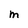
Character: M